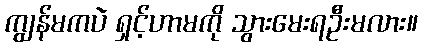
ကျွန်မကပဲ ရှင့်ဟာမကို သွားမေးရဦးမလား။